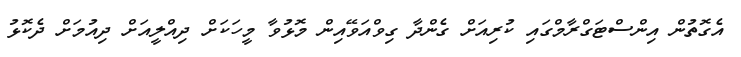
އެގޮތުން އިންސްޓަގްރާމްގައި ކުރިއަށް ގެންދާ ގިވްއަވޭއިން މޮޅުވާ މީހަކަށް ދިއްލީއަށް ދިއުމަށް ދެކޮޅު